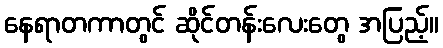
နေရာတကာတွင် ဆိုင်တန်းလေးတွေ အပြည့်။